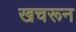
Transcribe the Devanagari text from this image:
खचरून